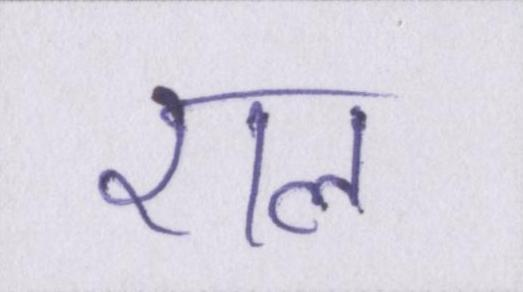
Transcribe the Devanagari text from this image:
राल